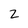
Character: 2